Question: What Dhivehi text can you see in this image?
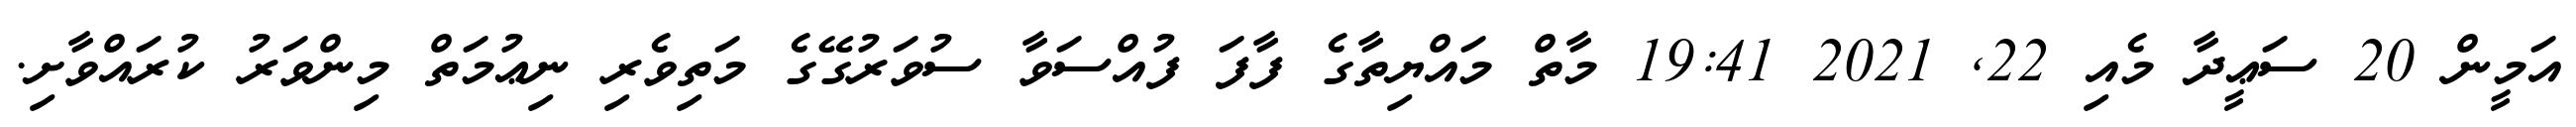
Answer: އަމީން 20 ސަޢީދާ މެއި 22, 2021 19:41 މާތް މައްޔިތާގެ ފާފަ ފުއްސަވާ ސުވަރުގޭގެ މަތިވެރި ނިޢުމަތް މިންވަރު ކުރައްވާށި.